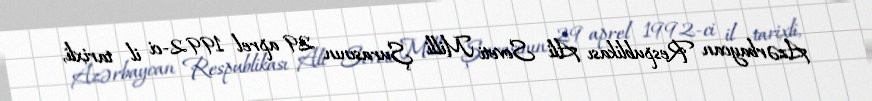
Azərbaycan Respublikası Ali Soveti Milli Şurasının 29 aprel 1992-ci il tarixli,